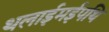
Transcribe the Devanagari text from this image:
थलाईमईपथि